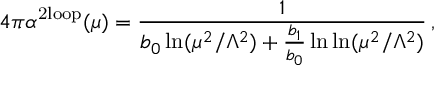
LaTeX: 4 \pi \alpha ^ { \mathrm { 2 l o o p } } ( \mu ) = \frac { 1 } { b _ { 0 } \ln ( \mu ^ { 2 } / \Lambda ^ { 2 } ) + \frac { b _ { 1 } } { b _ { 0 } } \ln \ln ( \mu ^ { 2 } / \Lambda ^ { 2 } ) } \, ,